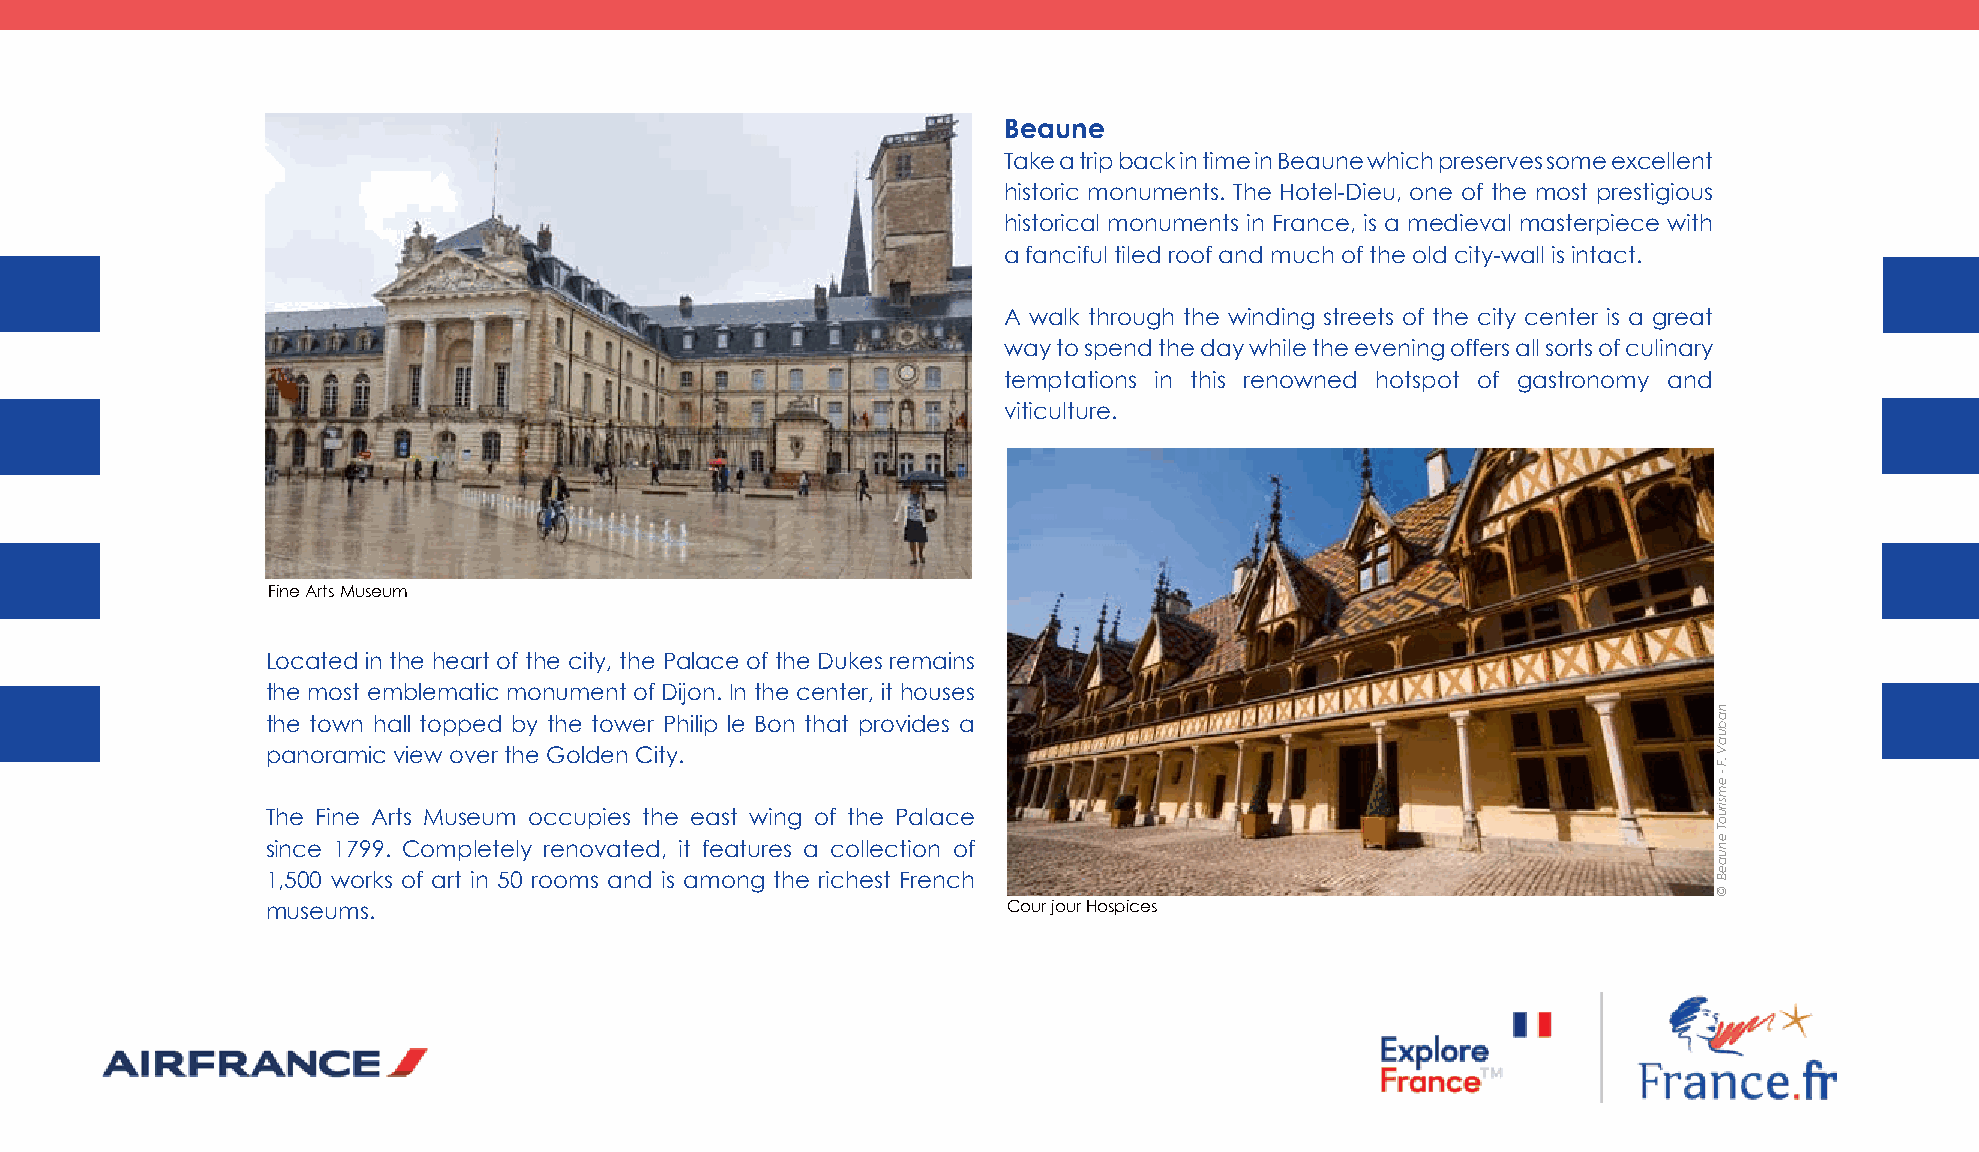
Beaune
 Take a trip back in time in Beaune which preserves some excellent
 historic monuments. The Hotel-Dieu, one of the most prestigious
 historical monuments in France, is a medieval masterpiece with
 a fanciful tiled roof and much of the old city-wall is intact.
 A walk through the winding streets of the city center is a great
 way to spend the day while the evening offers all sorts of culinary
 temptations in this renowned hotspot of gastronomy and
 viticulture.
 Fine Arts Museum
 Located in the heart of the city, the Palace of the Dukes remains
 the most emblematic monument of Dijon. In the center, it houses
 the town hall topped by the tower Philip le Bon that provides a
 panoramic view over the Golden City.
 The Fine Arts Museum occupies the east wing of the Palace
 since 1799. Completely renovated, it features a collection of
 1,500 works of art in 50 rooms and is among the richest French
 museums.                                         Cour jour Hospices
 nabuaV
 .F
 -
 emsiruoT
 enuaeB
 ©